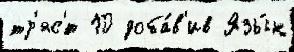
тр'яс'́т 10 доба́в'ив Язы́к